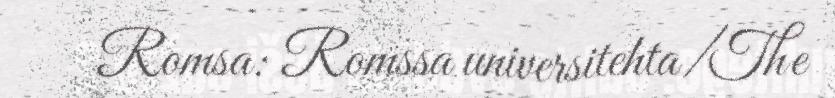
Romsa: Romssa universitehta/The